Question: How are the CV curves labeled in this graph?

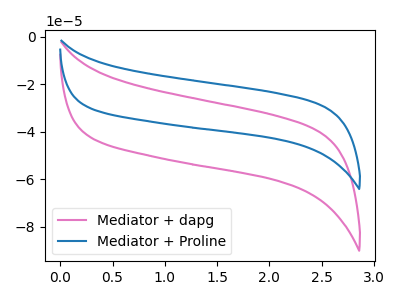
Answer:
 <answer>The pink curve is labeled "Mediator + dapg". The blue curve is labeled "Mediator + Proline".</answer>
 <eval></eval>